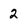
Character: 2